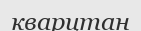
кварцтан